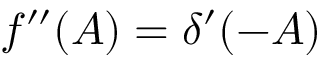
{ f ^ { \prime \prime } ( A ) = \delta ^ { \prime } ( - A ) }